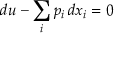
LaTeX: d u - \sum _ { i } p _ { i } \, d x _ { i } = 0